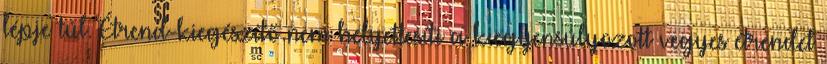
lépje túl. Étrend-kiegészítő nem helyettesíti a kiegyensúlyozott vegyes étrendet